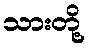
သားတို့